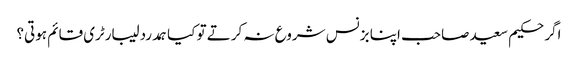
اگر حکیم سعید صاحب اپنا بزنس شروع نہ کرتے تو کیا ہمدرد لیبارٹری قائم ہوتی؟